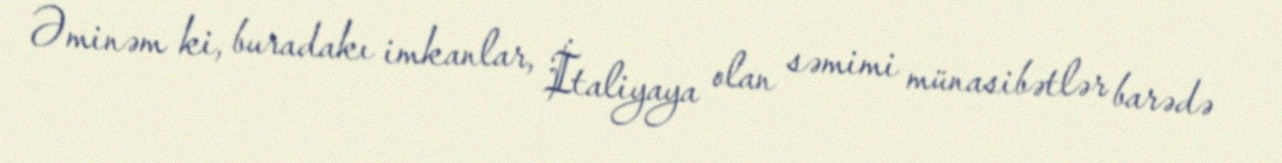
Əminəm ki, buradakı imkanlar, İtaliyaya olan səmimi münasibətlər barədə